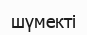
шүмекті